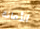
الأمانة